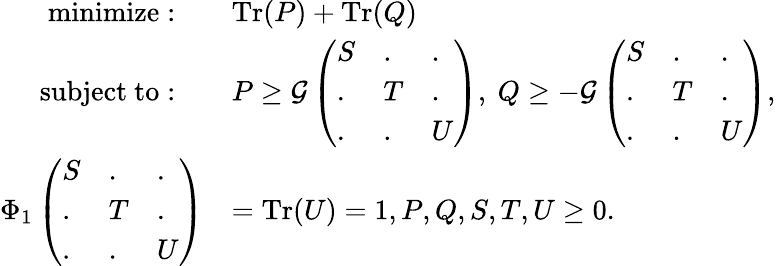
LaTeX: \begin{array}{rl}{\mathrm{minimize}:\quad}&{\mathrm{Tr}(P)+\mathrm{Tr}(Q)}\\ {\mathrm{subject~to}:\quad}&{P\geq\mathcal{G}\left(\begin{array}{lll}{S}&{.}&{.}\\ {.}&{T}&{.}\\ {.}&{.}&{U}\end{array}\right),~Q\geq-\mathcal{G}\left(\begin{array}{lll}{S}&{.}&{.}\\ {.}&{T}&{.}\\ {.}&{.}&{U}\end{array}\right),}\\ {\Phi_{1}\left(\begin{array}{lll}{S}&{.}&{.}\\ {.}&{T}&{.}\\ {.}&{.}&{U}\end{array}\right)}&{=\mathrm{Tr}(U)=1,P,Q,S,T,U\geq 0.}\end{array}